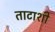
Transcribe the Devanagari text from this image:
ताटाशी